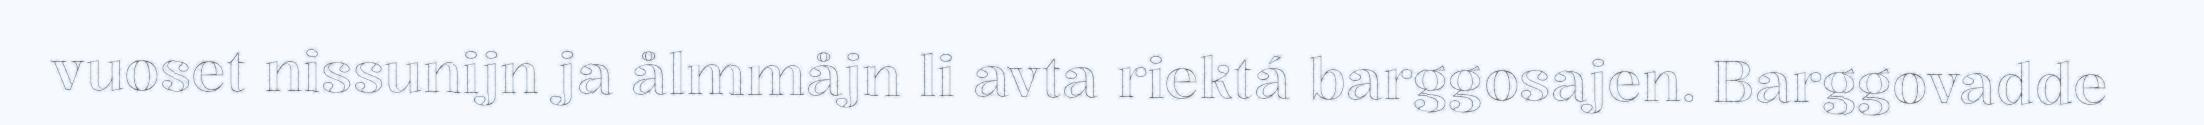
vuoset nissunijn ja ålmmåjn li avta riektá barggosajen. Barggovadde